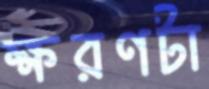
ক্ষরণটা